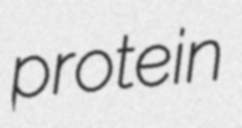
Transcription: protein